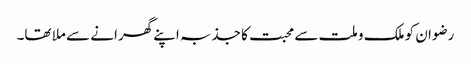
رضوان کو ملک و ملت سے محبت کا جذبہ اپنے گھرانے سے ملا تھا۔